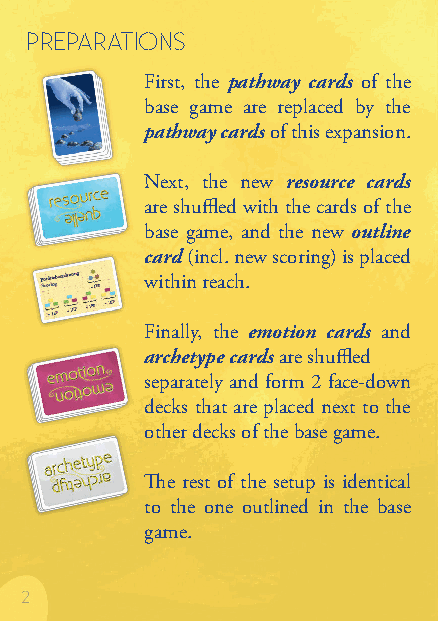
prepArAtions
 First, the pathway cards of the
 base game are replaced by the
 pathway cards of this expansion.
 Next, the new resource cards
 are shuffled with the cards of the
 base game, and the new outline
 card (incl. new scoring) is placed
 within reach.
 Finally, the emotion cards and
 archetype cards are shuffled
 separately and form 2 face-down
 decks that are placed next to the
 other decks of the base game.
 The rest of the setup is identical
 to the one outlined in the base
 game.